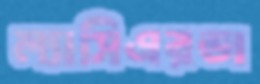
ল্যাসিএরডা